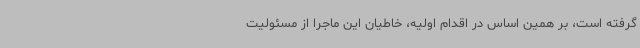
گرفته است، بر همین اساس در اقدام اولیه، خاطیان این ماجرا از مسئولیت